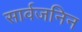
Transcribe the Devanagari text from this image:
सार्वजनिन